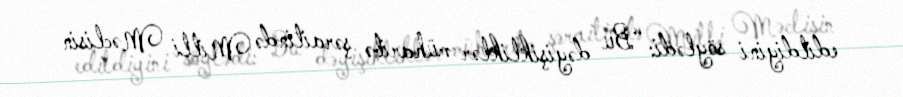
edildiyini söylədi: “Bu dəyişikliklər müharibə şəraitində Milli Məclisin